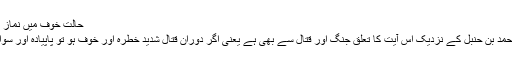
حالت خوف میں نماز پڑھنے کے متعلق ائمہ کی آراء :
امام مالک ‘ امام شافعی اور امام احمد بن حنبل کے نزدیک اس آیت کا تعلق جنگ اور قتال سے بھی ہے یعنی اگر دوران قتال شدید خطرہ اور خوف ہو تو پاپیادہ اور سواری پر بھی نماز پڑھنا جائز ہے۔